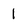
Character: 1